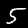
Digit: 5